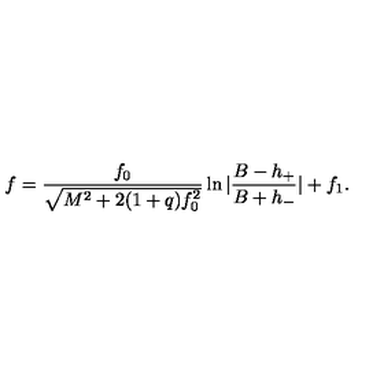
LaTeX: f = \frac { f _ { 0 } } { \sqrt { M ^ { 2 } + 2 ( 1 + q ) f _ { 0 } ^ { 2 } } } \ln | \frac { B - h _ { + } } { B + h _ { - } } | + f _ { 1 } .